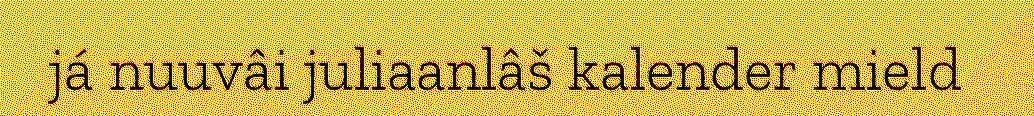
já nuuvâi juliaanlâš kalender mield